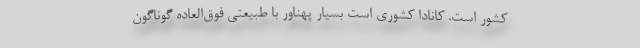
کشور است. کانادا کشوری است بسیار پهناور با طبیعتی فوق‌العاده گوناگون